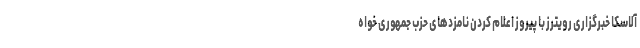
آلاسکا خبرگزاری رویترز با پیروز اعلام کردن نامزدهای حزب جمهوری خواه